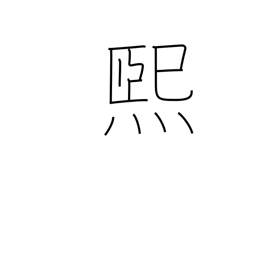
Meaning: shine